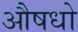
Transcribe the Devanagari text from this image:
औषधो